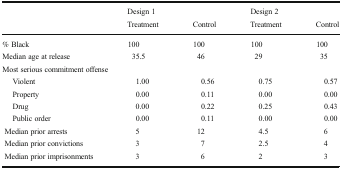
<table><thead><tr><td rowspan="2"></td><td colspan="2"><b>Design 1</b></td><td colspan="2"><b>Design 2</b></td></tr><tr><td><b>Treatment</b></td><td><b>Control</b></td><td><b>Treatment</b></td><td><b>Control</b></td></tr></thead><tbody><tr><td>% Black</td><td>100</td><td>100</td><td>100</td><td>100</td></tr><tr><td>Median age at release</td><td>35.5</td><td>46</td><td>29</td><td>35</td></tr><tr><td colspan="5">Most serious commitment offense</td></tr><tr><td>Violent</td><td>1.00</td><td>0.56</td><td>0.75</td><td>0.57</td></tr><tr><td>Property</td><td>0.00</td><td>0.11</td><td>0.00</td><td>0.00</td></tr><tr><td>Drug</td><td>0.00</td><td>0.22</td><td>0.25</td><td>0.43</td></tr><tr><td>Public order</td><td>0.00</td><td>0.11</td><td>0.00</td><td>0.00</td></tr><tr><td> Median prior arrests</td><td>5</td><td>12</td><td>4.5</td><td>6</td></tr><tr><td> Median prior convictions</td><td>3</td><td>7</td><td>2.5</td><td>4</td></tr><tr><td> Median prior imprisonments</td><td>3</td><td>6</td><td>2</td><td>3</td></tr></tbody></table>